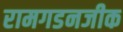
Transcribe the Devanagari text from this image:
रामगडनजीक